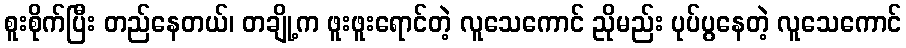
စူးစိုက်ပြီး တည်နေတယ်၊ တချို့က ဖူးဖူးရောင်တဲ့ လူသေကောင် ညိုမည်း ပုပ်ပွနေတဲ့ လူသေကောင်